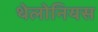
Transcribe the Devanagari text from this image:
थेलोनियस